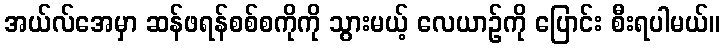
အယ်လ်အေမှာ ဆန်ဖရန်စစ်စကိုကို သွားမယ့် လေယာဉ်ကို ပြောင်း စီးရပါမယ်။